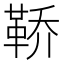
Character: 鞒